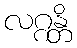
လဂ္ဂန္တိ